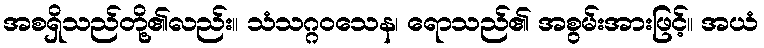
အစရှိသည်တို့၏လည်း။ သံသဂ္ဂဝသေန၊ ရောသည်၏ အစွမ်းအားဖြင့်။ အယံ